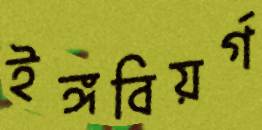
ইঙ্গবিয়র্গ